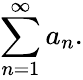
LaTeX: \sum_{n=1}^{\infty}a_{n}.